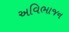
અવિભાજન